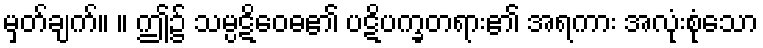
မှတ်ချက်။ ။ ဤ၌ သမ္ပဋိဝေဓ၏ ပဋိပက္ခတရား၏ အရကား အလုံးစုံသော